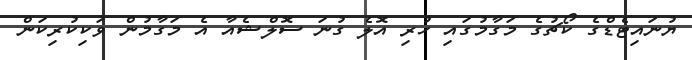
ޔުނައިޓެޑްގެ ކޯޗުގެ މަގާމުގައި ހުރި އޮލެ ގުނަ ސޮލްޝެއާ އެ މަގާމުން ވަކިކުރިކަން